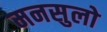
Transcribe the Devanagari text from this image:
मनसुलो